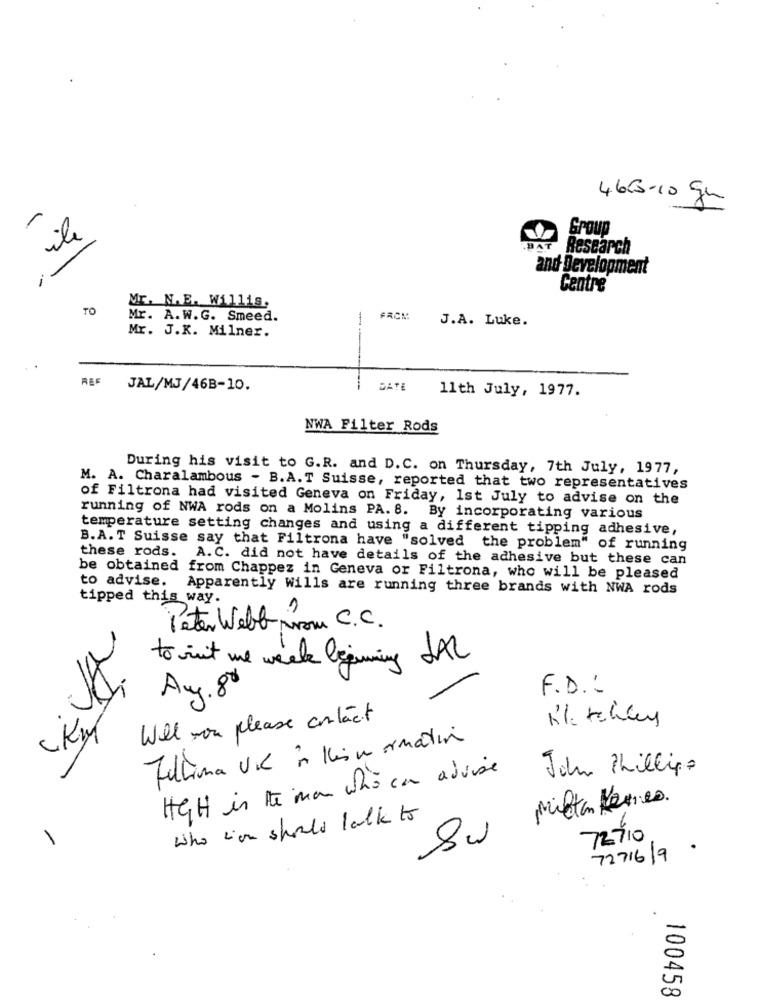
4665-10 gn
Group
ile
BAT
Research
and Development
Centre
TO
Mr. N. E. Willis,
Mr. A. W. G. Smeed.
-
FROM
J.A. Luke.
Mr. J.K. Milner.
REF
JAL/MJ/46B-10.
DATE
11th July, 1977.
NWA Filter Rods
During his visit to G.R. and D.C. on Thursday, 7th July, 1977,
M. A. Charalambous - B.A.T Suisse, reported that two representatives
of Filtrona had visited Geneva on Friday, Ist July to advise on the
running of NWA rods on a Molins PA. 8. By incorporating various
temperature setting changes and using a different tipping adhesive,
B.A. T Suisse say that Filtrona have "solved the problem" of running
these rods. A.C. did not have details of the adhesive but these can
be obtained from Chappez in Geneva or Filtrona, who will be pleased
to advise.
Apparently Wills are running three brands with NWA rods
tipped this way.
Peter Webb Nom C.C.
to int me week beginning JAL
Au. 80
F.D .:
Will you please contact
Km
Zulima Vil in Honormatin
John Phillips
HGH is the man who can advise
Mistan Kernes.
who cion should talk to
Sw
72710
7271619 .
100458